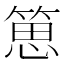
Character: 𥯨